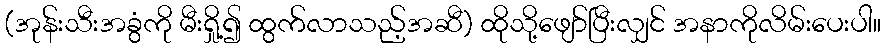
(အုန်းသီးအခွံကို မီးရှို့၍ ထွက်လာသည့်အဆီ) ထိုသို့ဖျော်ပြီးလျှင် အနာကိုလိမ်းပေးပါ။